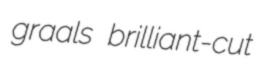
graals brilliant-cut